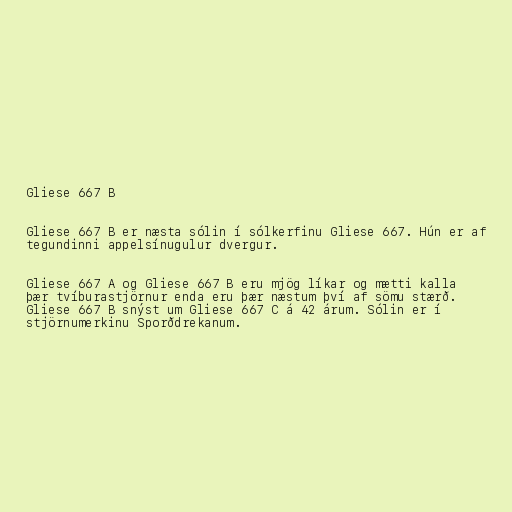
Gliese 667 B

Gliese 667 B er næsta sólin í sólkerfinu Gliese 667. Hún er af
tegundinni appelsínugulur dvergur.

Gliese 667 A og Gliese 667 B eru mjög líkar og mætti kalla
þær tvíburastjörnur enda eru þær næstum því af sömu stærð.
Gliese 667 B snýst um Gliese 667 C á 42 árum. Sólin er í
stjörnumerkinu Sporðdrekanum.